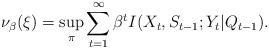
LaTeX: \begin{align*} \nu_\beta(\xi) &= \sup_{\pi}\sum_{t=1}^{\infty}\beta^t I(X_t,S_{t-1};Y_{t}|Q_{t-1}).\end{align*}